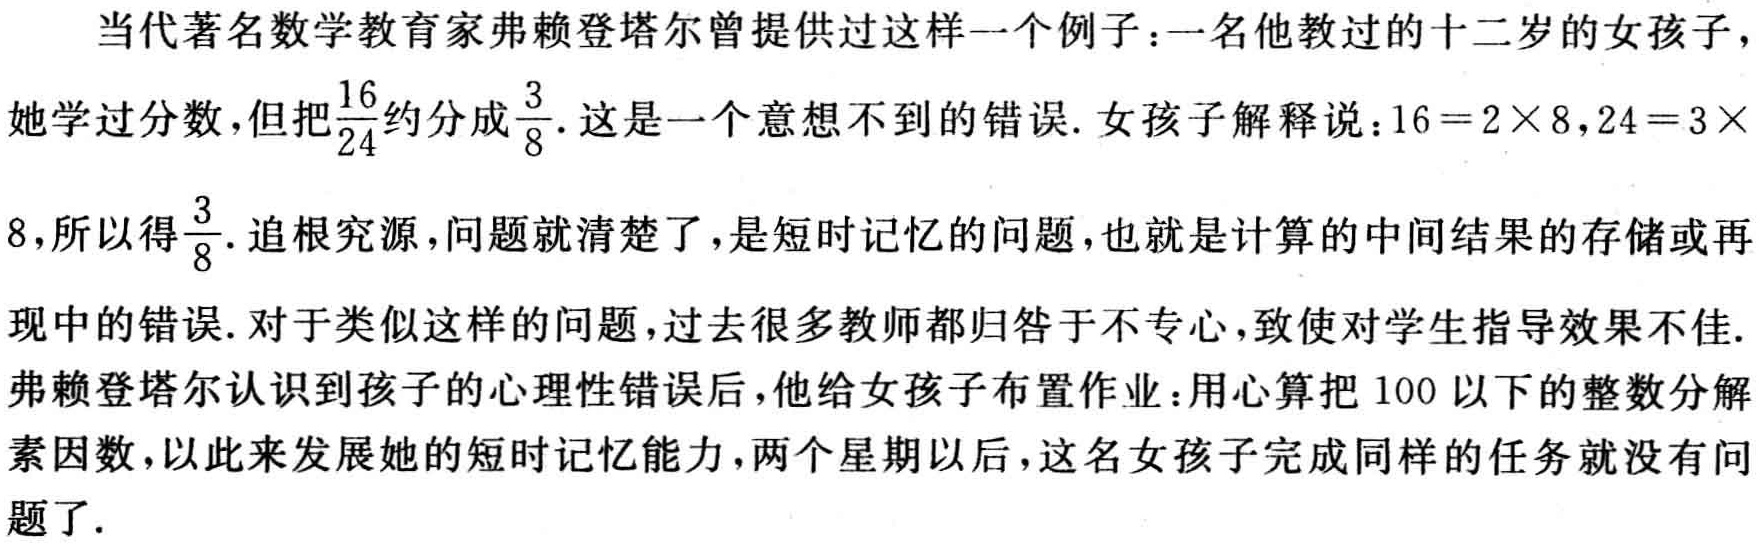
当代著名数学教育家弗赖登塔尔曾提供过这样一个例子：一名他教过的十二岁的女孩子，她学过分数，但把$\frac{16}{24}$约分成$\frac{3}{8}$. 这是一个意想不到的错误. 女孩子解释说：$16 = 2\times8,24 = 3\times8$，所以得$\frac{3}{8}$. 追根究源，问题就清楚了，是短时记忆的问题，也就是计算的中间结果的存储或再现中的错误. 对于类似这样的问题，过去很多教师都归咎于不专心，致使对学生指导效果不佳. 弗赖登塔尔认识到孩子的心理性错误后，他给女孩子布置作业：用心算把 100 以下的整数分解素因数，以此来发展她的短时记忆能力，两个星期以后，这名女孩子完成同样的任务就没有问题了.